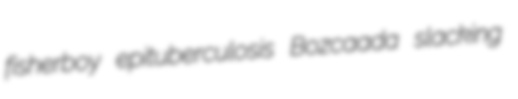
fisherboy epituberculosis Bozcaada slacking